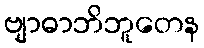
ဗျာဓာဘိဘူတေန